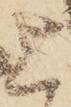
上